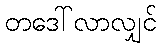
တဒေါ်လာလျှင်